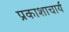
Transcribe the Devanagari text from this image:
प्रकाशाचार्य